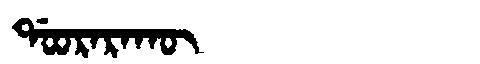
Manchu: ᡩᠣᠣᡵᠠᡵᠠᡴᡡ
Romanization: DOORARAKŪ